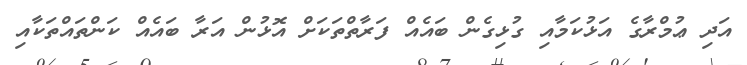
އަދި ޢުމްރާގެ އަޅުކަމާއި ގުޅިގެން ބައެއް ފަރާތްތަަކަށް އޮޅުން އަރާ ބައެއް ކަންތައްތަކާއި